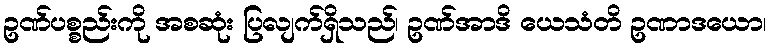
ဥဏ်ပစ္စည်းကို အစဆုံး ပြလျက်ရှိသည်၊ ဥဏ်အာဒိ ယေသံတိ ဥဏာဒယော၊